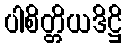
ပါစိတ္တိယဒိဋ္ဌိ